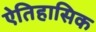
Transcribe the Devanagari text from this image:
ऐतिहासिक